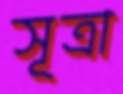
সূত্রা